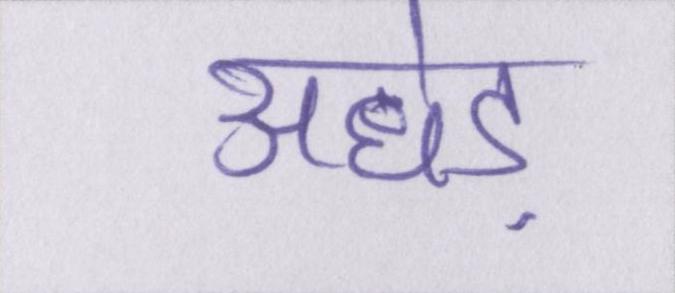
अधेड़